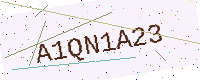
Text: A1QN1A23